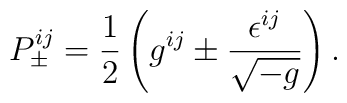
P_{\pm }^{ij}=\frac 12\left( g^{ij}\pm \frac{\epsilon ^{ij}}{\sqrt{-g}}\right) .